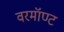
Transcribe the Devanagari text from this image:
वरमॉण्ट